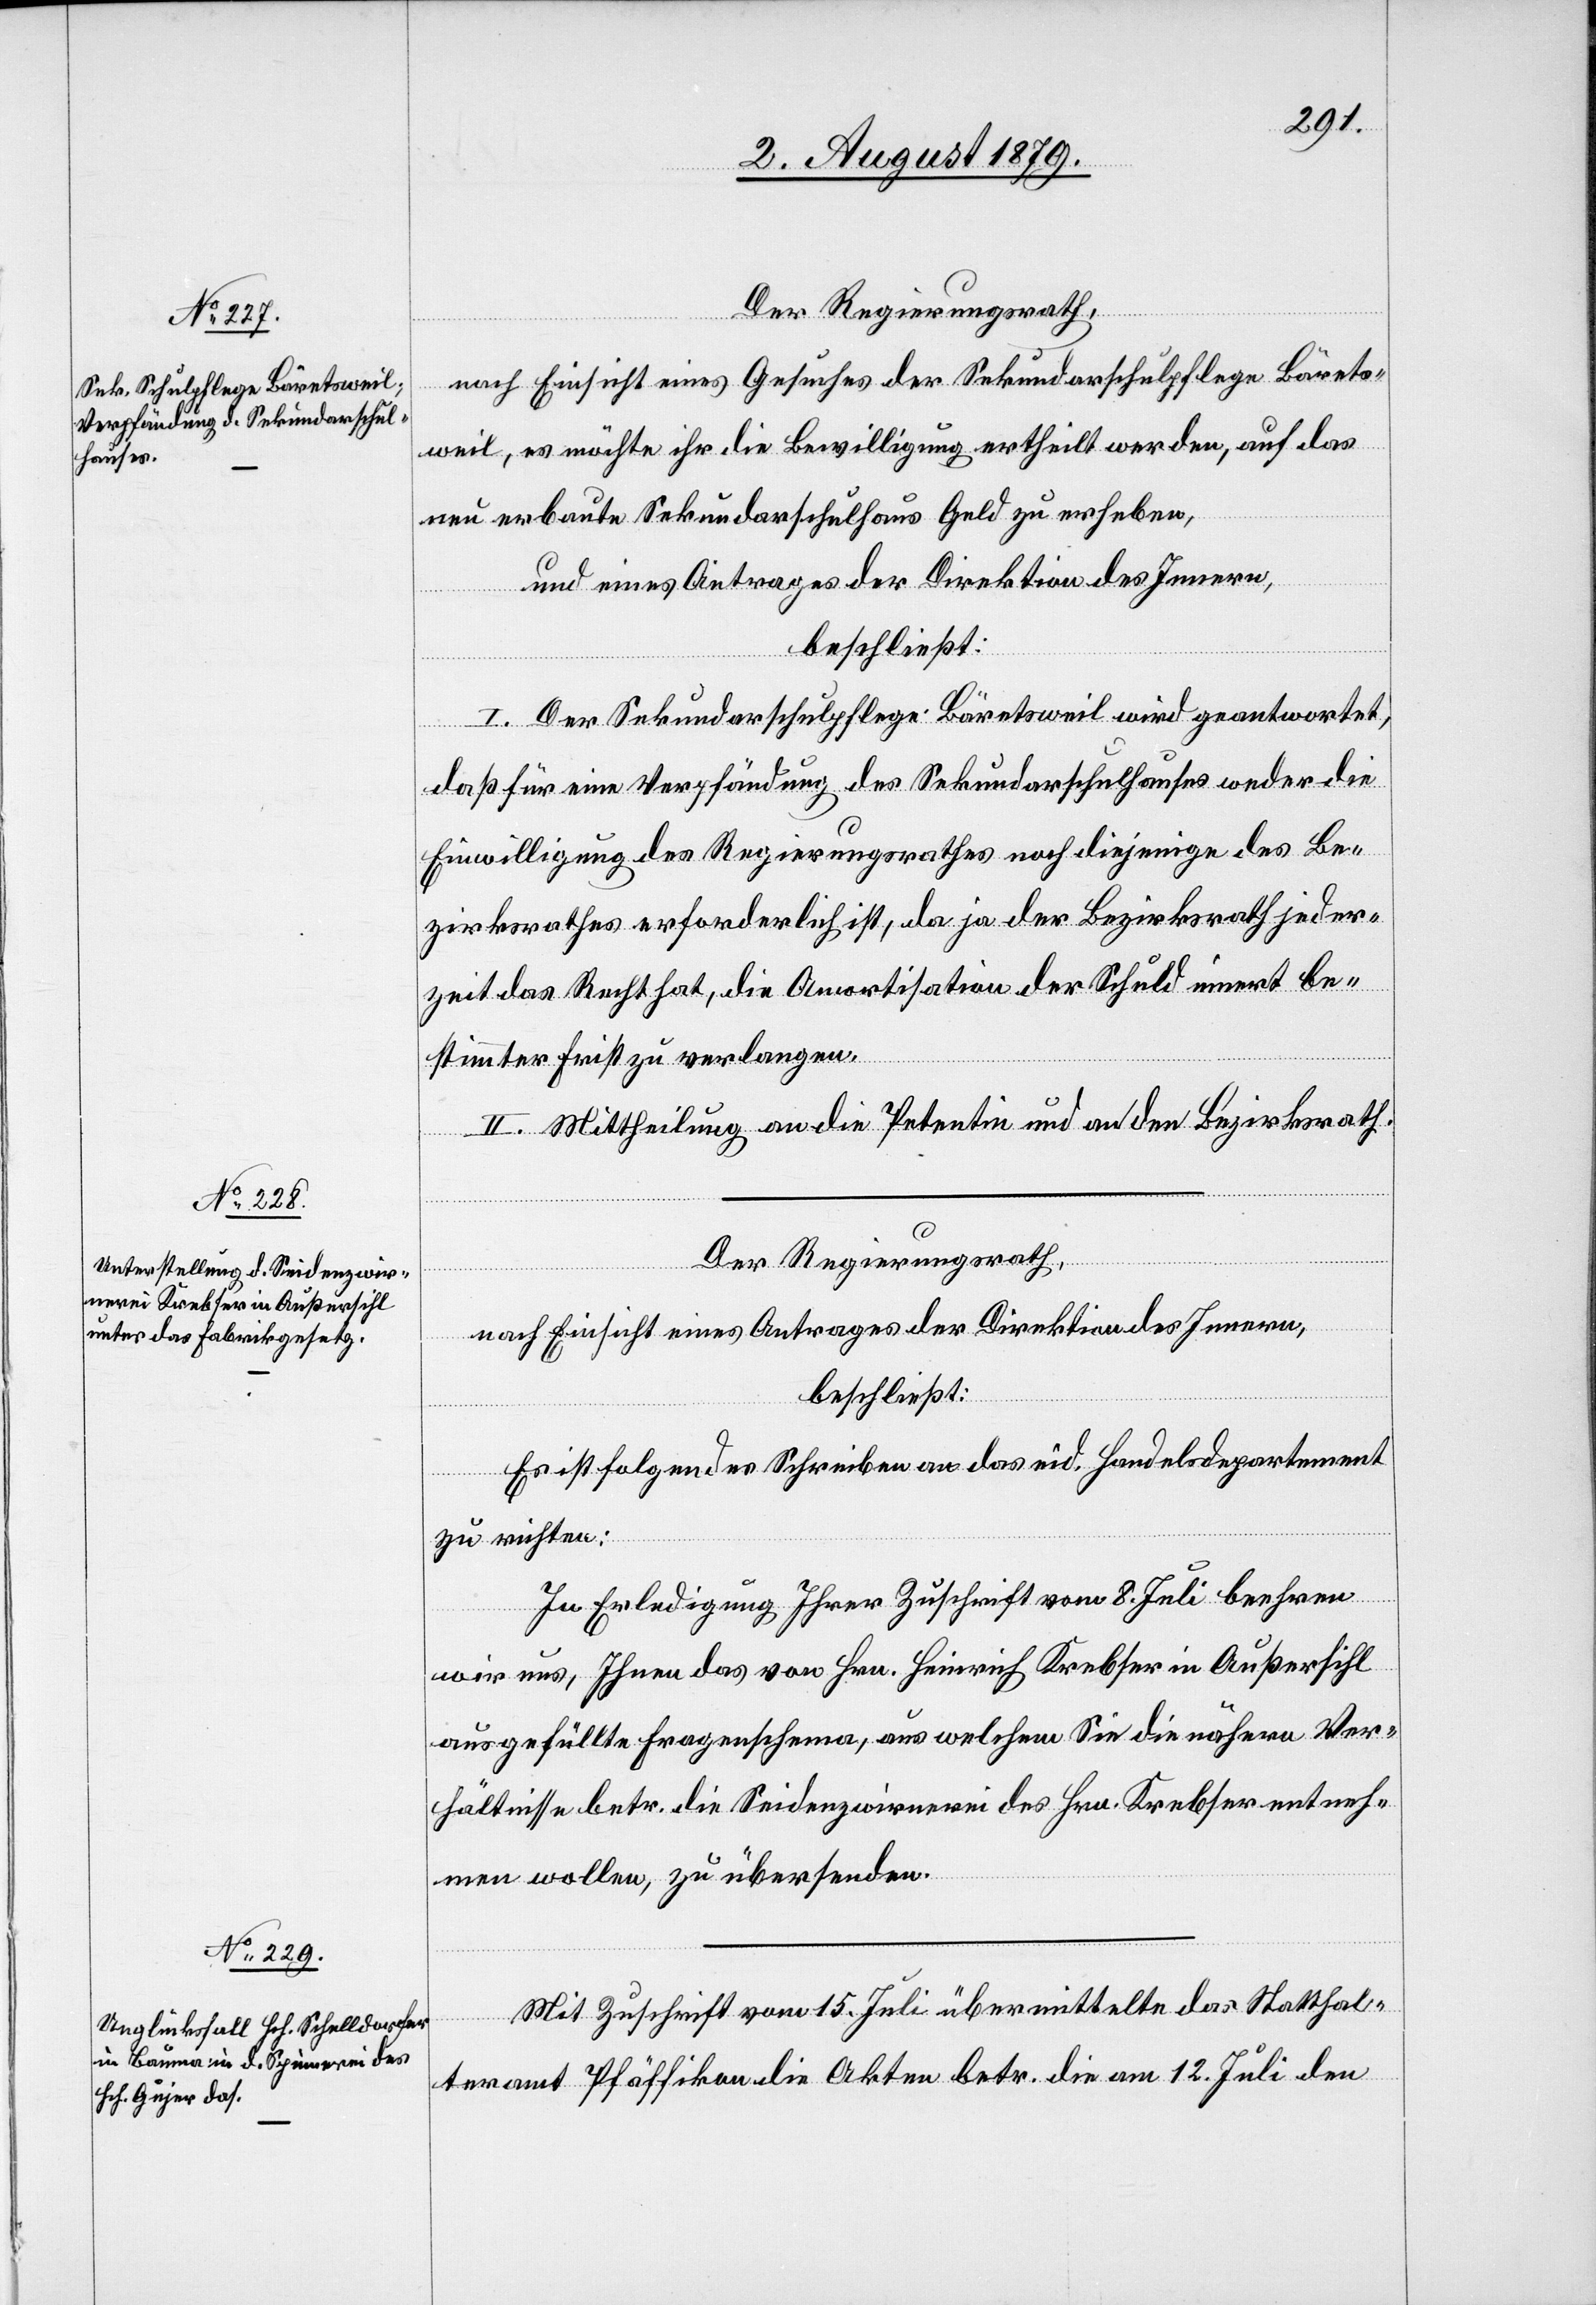
Der Regierungsrath,
nach Einsicht eines Gesuches der Sekundarschulpflege Bäret¬
weil, es möchte ihr die Bewilligung ertheilt werden, auf das
neu erbaute Sekundarschulhaus Geld zu erheben,
und eines Antrages der Direktion des Innern,
beschließt:
I. Der Sekundarschulpflege Bäretsweil wird geantwortet,
daß für eine Verpfändung des Sekundarschulhauses weder die
Einwilligung des Regierungsrathes noch diejenige des Be¬
zirksrathes erforderlich ist, da ja der Bezirksrath jeder¬
zeit das Recht hat, die Amortisation der Schuld innert be¬
stimmter Frist zu verlangen.
II. Mittheilung an die Petentin und an den Bezirksrath.
Der Regierungsrath,
nach Einsicht eines Antrages der Direktion des Innern,
beschließt:
Es ist folgendes Schreiben an das eid. Handelsdepartement
zu richten:
In Erledigung Ihrer Zuschrift vom 8. Juli beehren
wir uns, Ihnen das von Hrn. Heinrich Krebser in Außersihl
ausgefüllte Fragenschema, aus welchem Sie die nähern Ver¬
hältnisse betr. die Seidenzwirnerei des Hrn. Krebser entneh¬
men wollen, zu übersenden.
Mit Zuschrift vom 15. Juli übermittelte das Statthal¬
teramt Pfäffikon die Akten betr. die am 12. Juli den